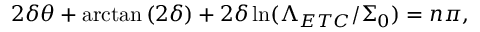
2 \delta \theta + \arctan { ( 2 \delta ) } + 2 \delta \ln ( \Lambda _ { E T C } / \Sigma _ { 0 } ) = n \pi ,